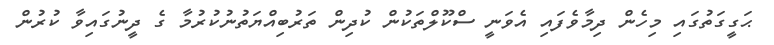
ޙަގީގަތުގައި މިހެން ދިމާވެފައި އެވަނީ ސްކޫލްތަކުން ކުދިން ތަރުބިއްޔަތުނުކުރުމާ ގެ ދީނުގައިވާ ކުރުން